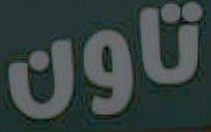
تاون